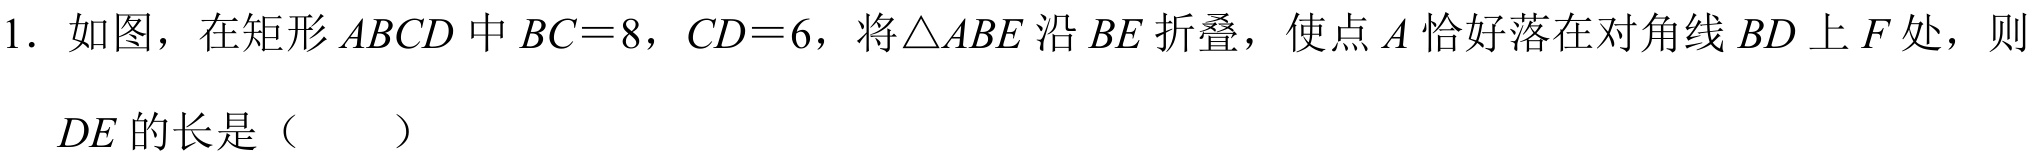
1. 如图，在矩形\(ABCD\)中\(BC = 8\)，\(CD = 6\)，将\(\triangle ABE\)沿\(BE\)折叠，使点\(A\)恰好落在对角线\(BD\)上\(F\)处，则

\(DE\)的长是（  ）